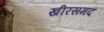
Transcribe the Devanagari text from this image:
खीरसमद